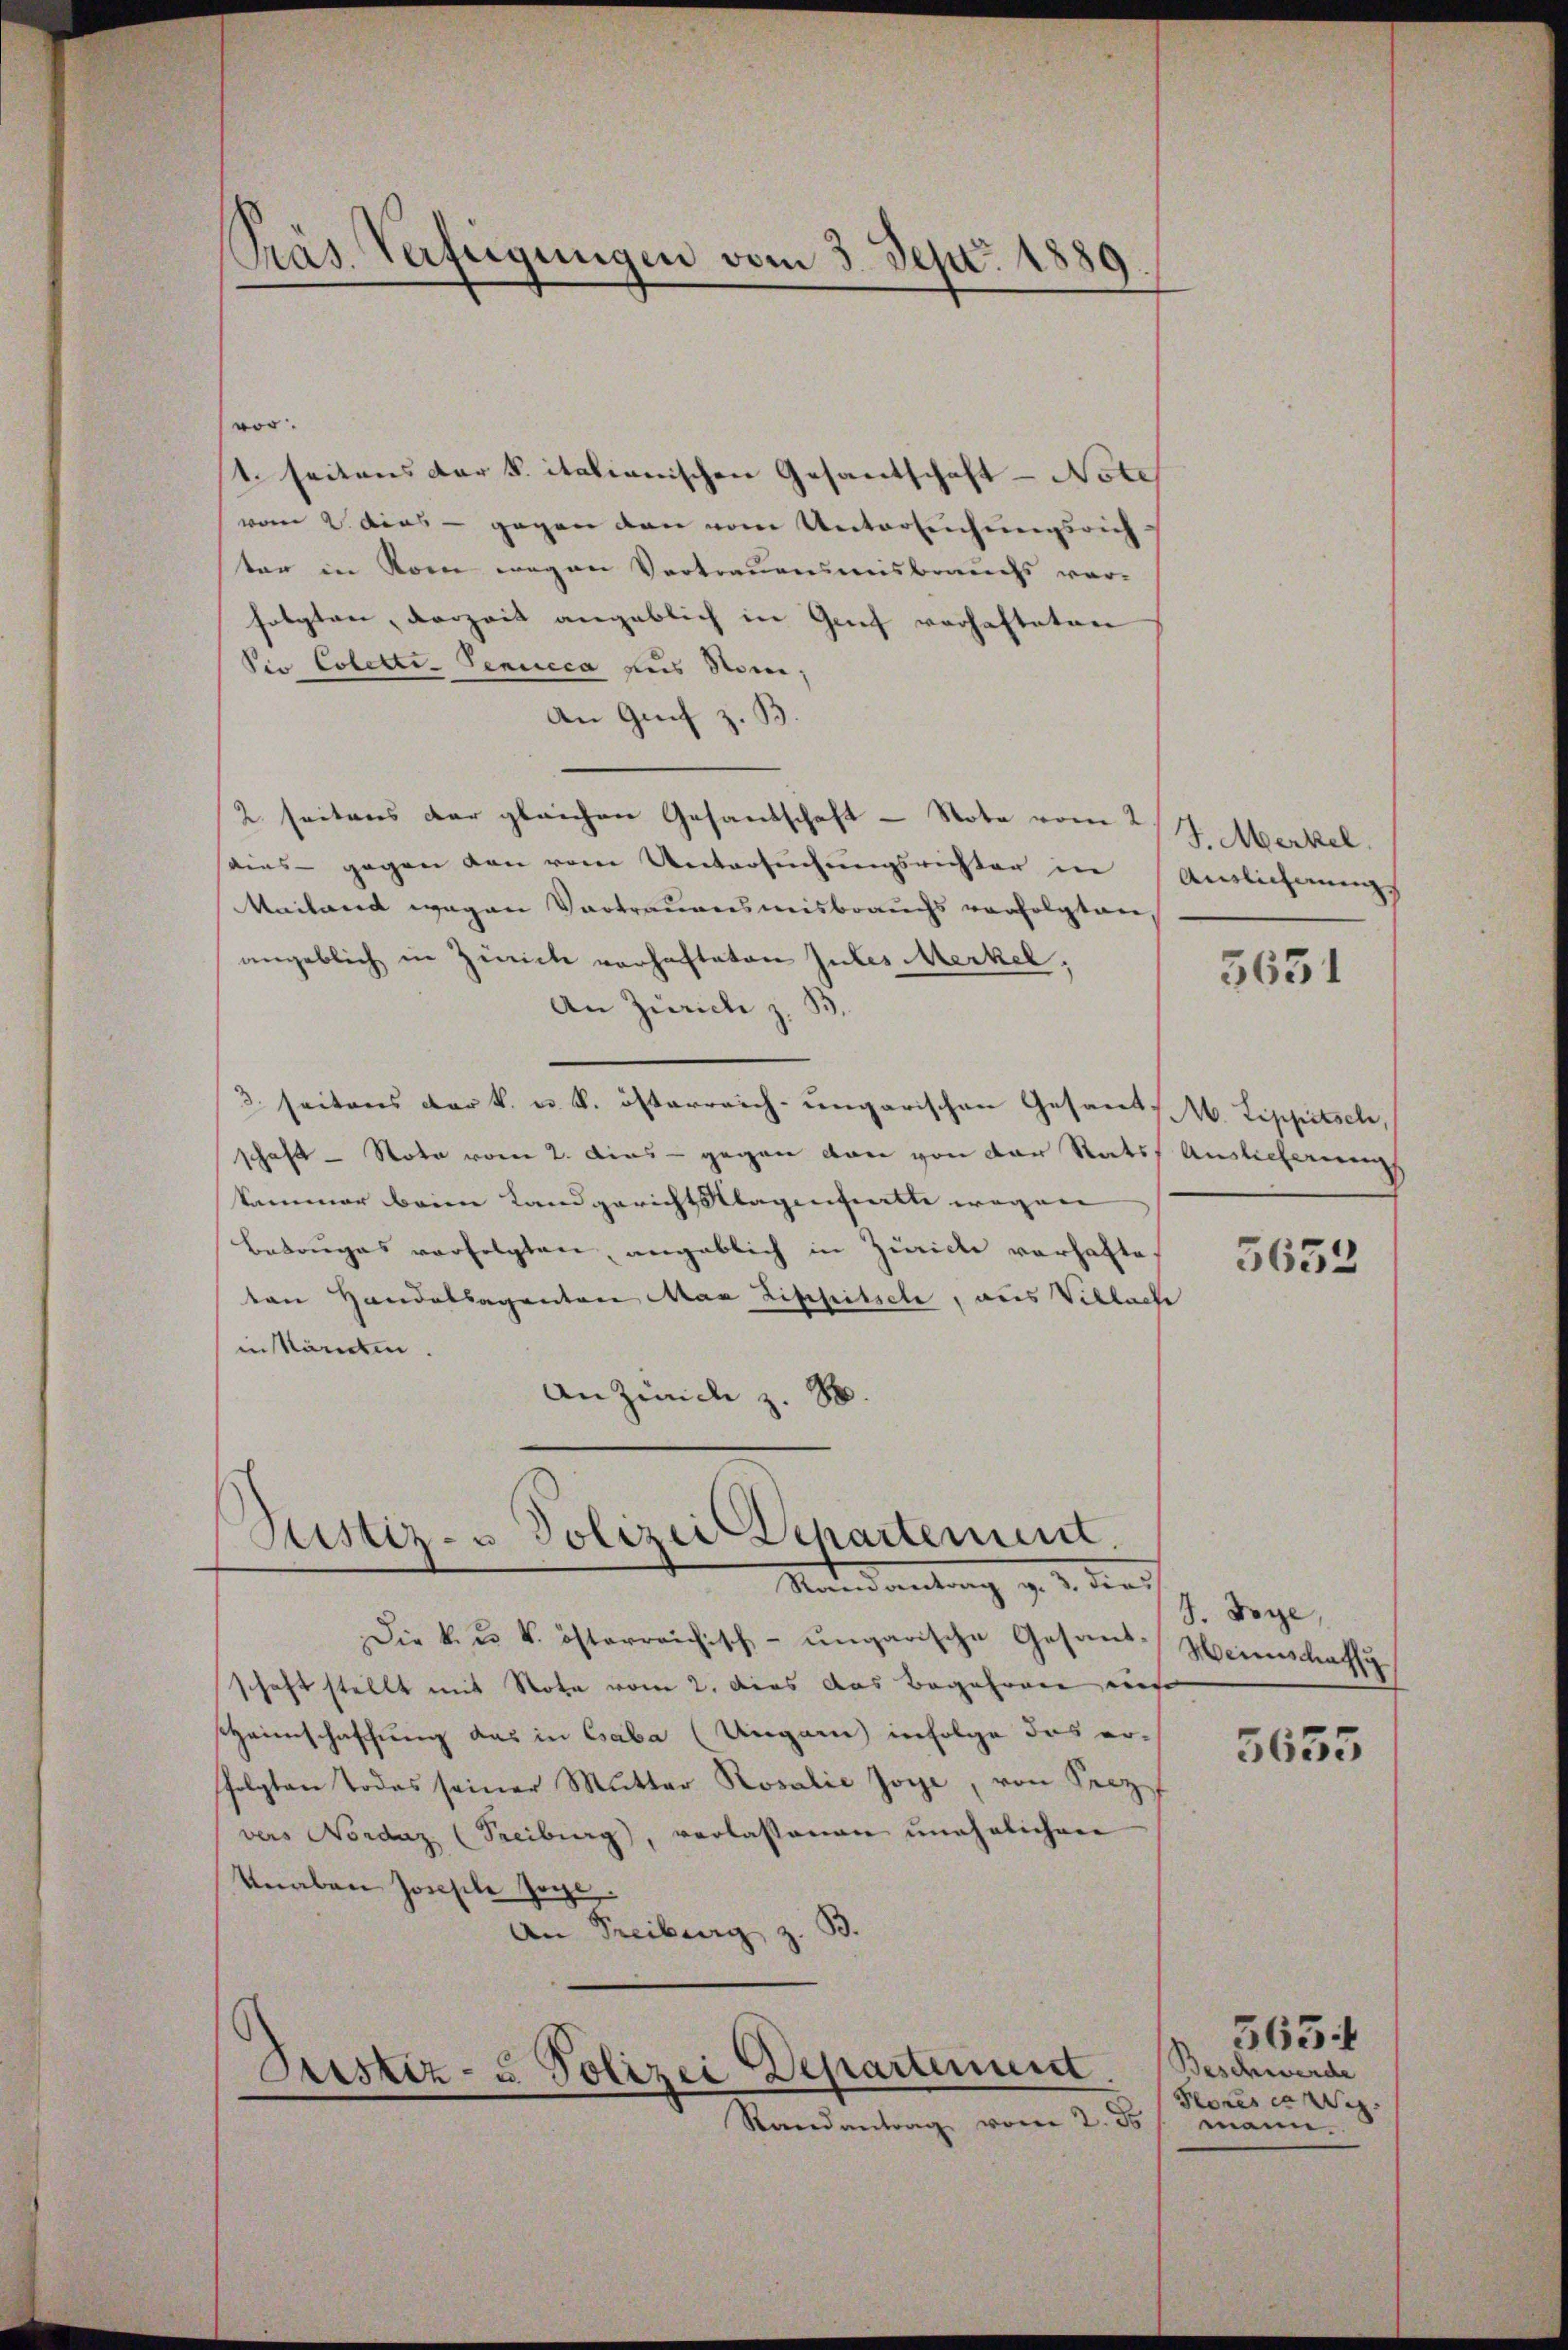
vor.
1. seitens der k. italienischen Gesandschaft - Note
vom 2. dies - gegen den vom Untersuchungsrich
ter in Sonne wegen Vertrauensmisbrauchs vor-
folgten, verzeit angeblich in Genf verhafteten
Vio Coletti-Senucca aus Som,
An Grif z. B.
2. seitens der gleichen Gesandschaft - Note vom 2./. Merkel.
dies - gegen den vom Untersuchungsrichter in Auslichnungs
Mailand wegen Vortrauensmisbrauchs verfolgten
angeblich in Zürich vorhafteten Gutes Merkel,
An Zürich z. B.
3 seitens der k. u. k. österreich-ungarischen Gesandt. Lippitsch,
schaft - Nota vom 2. dies - gegen von von der Rats Auslieferung
kammer beim Landgerichtsklagenheitte wegen
Betruges verfolgten, angeblich in Zürich vorhafte
ten Handelsagenten Man Lippitsche, aus Villach
inkämen.
An Zimcl z. B.

Präs. Verfügungen vom 3. Sept. 1880

Justiz- u Polizei Departement.
Mandartung z. B. dies

Die k. u. k. österreichisch-ungarische Gesandschaft stellt mit Note vom 2. dies das Begehren eine
HHeimschaffung das in Caba (Ungarn infolge das er-
folgten Todes seiner Mutter Rosalić Joye, von Secz
vers Nordaz (Freiburg, verlassenen unehelichen
Veraben Jochele zoge
An Freiburg z. B.

Prestiz- u. Polizei Departement
Randantrag vom 2. ds

5631

5652

J. Boye,
Meinschaffg

5655

Beschwerde
Fores ei
mann.

3654